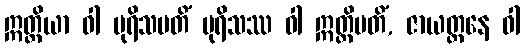
ဣတ္ထိယာ ဝါ ပုရိသမတိံ ပုရိသဿ ဝါ ဣတ္ထိမတိံ, ဇာယတ္တနေ ဝါ